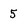
Character: 5